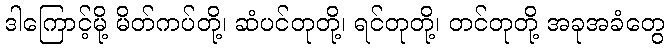
ဒါကြောင့်မို့ မိတ်ကပ်တို့၊ ဆံပင်တုတို့၊ ရင်တုတို့၊ တင်တုတို့ အခုအခံတွေ